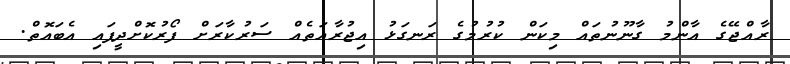
ރާއްޖޭގެ އާންމު ގާނޫނުތައް މިކަން ކުރުމުގެ ރަނގަޅު އިޖުރާއަތެއް ސަރުކާރަށް ފޯރުކޮށްދީފައި އެބައޮތް.